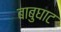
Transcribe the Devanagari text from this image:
बाबुघाट